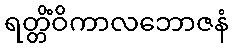
ရတ္တိံဝိကာလဘောဇနံ